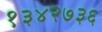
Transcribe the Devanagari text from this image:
१३४२७३६